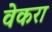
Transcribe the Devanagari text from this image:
वेकरा